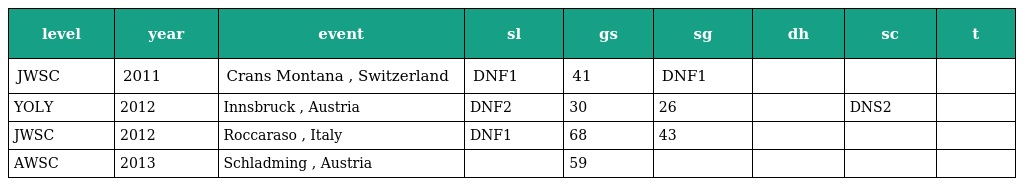
| level | year | event | sl | gs | sg | dh | sc | t |
 | --- | --- | --- | --- | --- | --- | --- | --- | --- |
 | JWSC | 2011 | Crans Montana , Switzerland | DNF1 | 41 | DNF1 |  |  |  |
 | YOLY | 2012 | Innsbruck , Austria | DNF2 | 30 | 26 |  | DNS2 |  |
 | JWSC | 2012 | Roccaraso , Italy | DNF1 | 68 | 43 |  |  |  |
 | AWSC | 2013 | Schladming , Austria |  | 59 |  |  |  |  |